Report of the Bombay Veterinary College
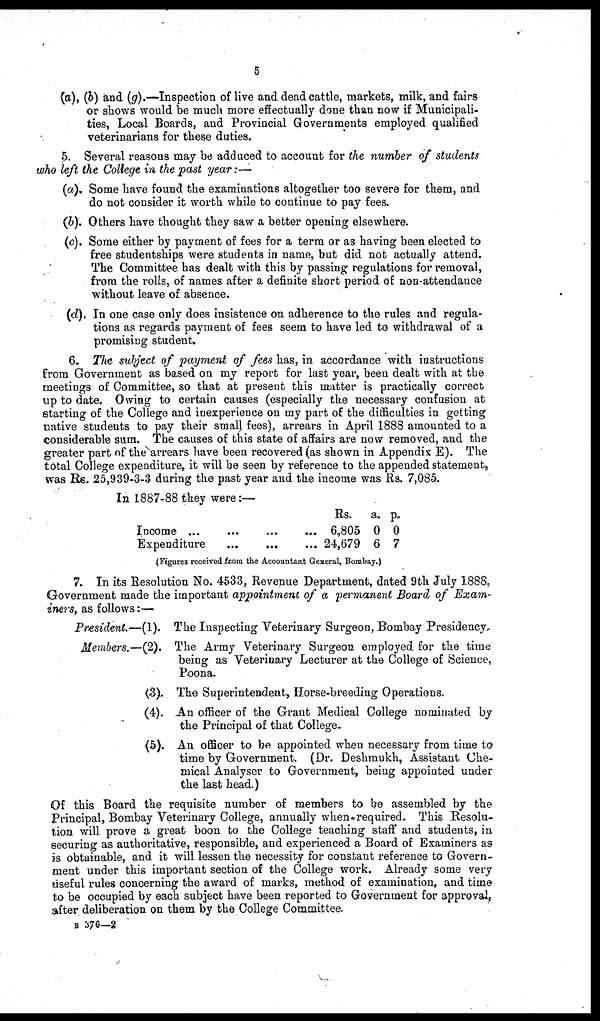
5
(a), (b) and (g).—Inspection of live and dead cattle, markets, milk, and fairs
or shows would be much more effectually done than now if Municipali-
ties, Local Boards, and Provincial Governments employed qualified
veterinarians for these duties.
5. Several reasons may be adduced to account for the number of students
who left the College in the past year :—
(a). Some have found the examinations altogether too severe for them, and
do not consider it worth while to continue to pay fees.
(b). Others have thought they saw a better opening elsewhere.
(c). Some either by payment of fees for a term or as having been elected to
free studentships were students in name, but did not actually attend.
The Committee has dealt with this by passing regulations for removal,
from the rolls, of names after a definite short period of non-attendance
without leave of absence.
(d). In one case only does insistence on adherence to the rules and regula-
tions as regards payment of fees seem to have led to withdrawal of a
promising student.
6. The subject of payment of fees has, in accordance with instructions
from Government as based on my report for last year, been dealt with at the
meetings of Committee, so that at present this matter is practically correct
up to date. Owing to certain causes (especially the necessary confusion at
starting of the College and inexperience on my part of the difficulties in getting
native students to pay their small fees), arrears in April 1888 amounted to a
considerable sum. The causes of this state of affairs are now removed, and the
greater part of the arrears have been recovered (as shown in Appendix E). The
total College expenditure, it will be seen by reference to the appended statement,
was Rs. 25,939-3-3 during the past year and the income was Rs. 7,085.
In 1887-88 they were :—
Income ...
Expenditure
...
...
...
...
...
...
Rs.
6,805
24,679
a.
0
6
p.
0
7
(Figures received from the the Principal of that CollegeAccountant General, Bombay.)
7. In its Resolution No. 4533, Revenue Department, dated 9th July 1888,
Government made the important appointment of a permanent Board of Exam-
iners, as follows:—
President—(1). The Inspecting Veterinary Surgeon, Bombay Presidency.
Members.—(2). The Army Veterinary Surgeon employed, for the time
being as Veterinary Lecturer at the College of Science,
Poona.
(3). The Superintendent, Horse-breeding Operations.
(4). An officer of the Grant Medical College nominated by
the Principal of that College.
(5). An officer to be appointed when necessary from time to
time by Government. (Dr. Deshmukh, Assistant Che-
mical Analyser to Government, being appointed under
the last head.)
Of this Board the requisite number of members to be assembled by the
Principal, Bombay Veterinary College, annually when required. This Resolu-
tion will prove a great boon to the College teaching staff and students, in
securing as authoritative, responsible, and experienced a Board of Examiners as
is obtainable, and it will lessen the necessity for constant reference to Govern-
ment under this important section of the College work. Already some very
useful rules concerning the award of marks, method of examination, and time
to be occupied by each subject have been reported to Government for approval,
after deliberation on them by the College Committee.
B 376—2